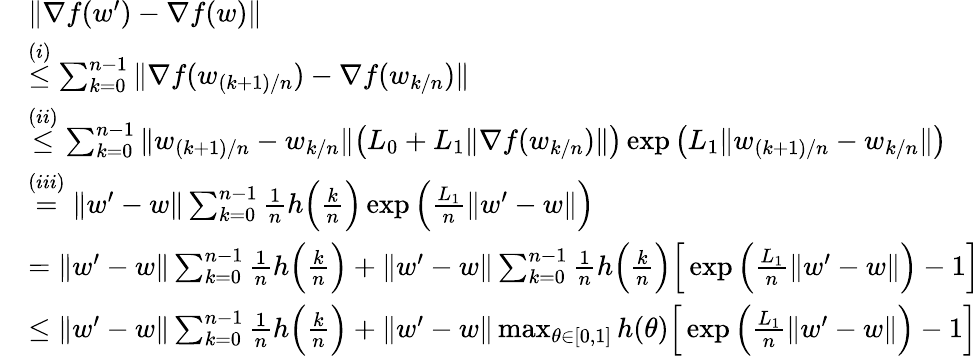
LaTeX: \begin{array}{rl}&{\| \nabla f(w^{\prime})-\nabla f(w)\| }\\ &{\overset{(i)}{\le}\sum_{k=0}^{n-1}\| \nabla f(w_{(k+1)/n})-\nabla f(w_{k/n})\| }\\ &{\overset{(ii)}{\le}\sum_{k=0}^{n-1}\| w_{(k+1)/n}-w_{k/n}\| \big(L_{0}+L_{1}\| \nabla f(w_{k/n})\| \big)\exp\big(L_{1}\| w_{(k+1)/n}-w_{k/n}\| \big)}\\ &{\overset{(iii)}{=}\| w^{\prime}-w\| \sum_{k=0}^{n-1}\frac{1}{n}h\Big(\frac{k}{n}\Big)\exp\Big(\frac{L_{1}}{n}\| w^{\prime}-w\| \Big)}\\ &{=\| w^{\prime}-w\| \sum_{k=0}^{n-1}\frac{1}{n}h\Big(\frac{k}{n}\Big)+\| w^{\prime}-w\| \sum_{k=0}^{n-1}\frac{1}{n}h\Big(\frac{k}{n}\Big)\Big[\exp\Big(\frac{L_{1}}{n}\| w^{\prime}-w\| \Big)-1\Big]}\\ &{\le\| w^{\prime}-w\| \sum_{k=0}^{n-1}\frac{1}{n}h\Big(\frac{k}{n}\Big)+\| w^{\prime}-w\| \operatorname*{max}_{\theta\in[0,1]}h(\theta)\Big[\exp\Big(\frac{L_{1}}{n}\| w^{\prime}-w\| \Big)-1\Big]}\end{array}